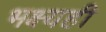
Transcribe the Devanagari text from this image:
भक्ष्यही